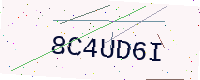
Text: 8C4UD6I